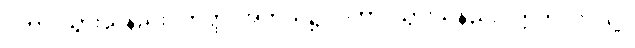
ဂတာ၊ သွားသနည်း။ ကတ္ထ၊ အဘယ်၌။ ဂတာ၊ သွားသနည်း။ ဣတိ၊ ဤသို့။